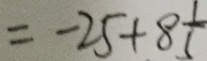
= - 2 5 + 8 \frac { 1 } { 5 }